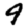
Digit: 9